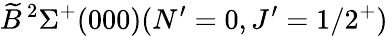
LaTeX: \widetilde{B}\, ^{2}\Sigma^{+}(000)(N^{\prime}=0,J^{\prime}=1/2^{+})